Indian journal of veterinary science and animal husbandry - Volumes 15-17, 1948-1951
Year: 1948
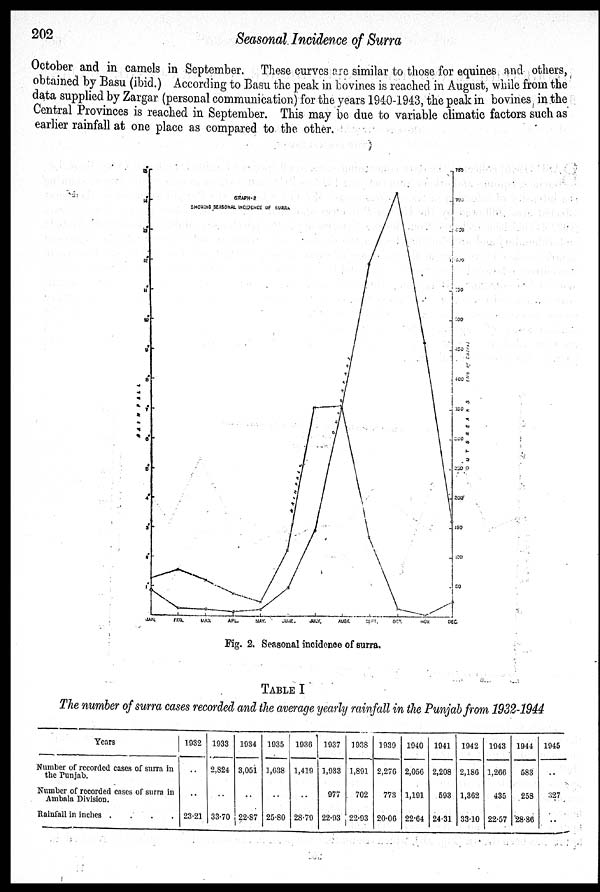
202
Seasonal Incidence of Surra
October and in camels in September. These curves are similar to those for equines and others,
obtained by Basu (ibid.) According to Basu the peak in bovines is reached in August, while from the
data supplied by Zargar (personal communication) for the years 1940-1943, the peak in bovines in the
Central Provinces is reached in September. This may be due to variable climatic factors such as
earlier rainfall at one place as compared to the other.
Fig. 2. Seasonal incidence of surra.
TABLE I
The number of surra cases recorded and the average yearly rainfall in the Punjab from 1932-1944
Years
Number of recorded cases of surra in
the Punjab.
Number of recorded cases of surra in
Ambala Division.
Rainfall in inches .
.
.
.
1932
..
..
23.21
1933
2,824
..
33.70
1934
3,051
..
22.87
1935
1,638
..
25.80
1936
1,419
..
28.79
1937
1,933
977
22.93
1938
1,891
702
22.93
1939
2,270
773
20.06
1940
2,056
1,191
22.64
1941
2,208
593
24.31
1942
2,180
1,302
33.10
1943
1,206
435
22.57
1944
583
258
28.86
1945
..
327
..